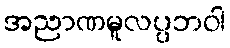
အညာဏမူလပ္ပဘဝါ